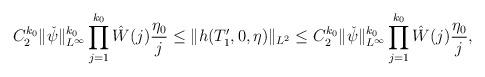
LaTeX: \begin{align*} C_2^{k_0}\|\check{\psi}\|_{L^\infty}^{k_0} \prod_{j=1}^{k_0} \hat{W}(j) \frac{\eta_0}{j} \leq \|h(T_1', 0 ,\eta)\|_{L^2} \leq C_2^{k_0}\|\check{\psi}\|_{L^\infty}^{k_0} \prod_{j=1}^{k_0} \hat{W}(j) \frac{\eta_0}{j}, \end{align*}